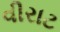
વીરાટ